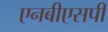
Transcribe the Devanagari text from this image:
एनबीएसपी